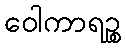
ဝေါကာရဉ္စ